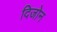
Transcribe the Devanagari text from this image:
दिजोन